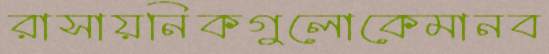
রাসায়নিকগুলোকেমানব